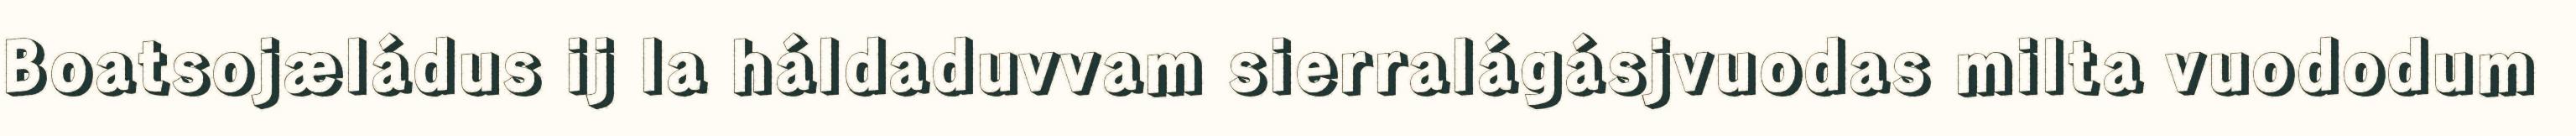
Boatsojæládus ij la háldaduvvam sierralágásjvuodas milta vuododum